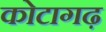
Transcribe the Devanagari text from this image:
कोटागढ़